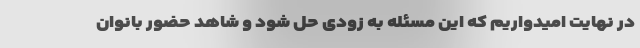
در نهایت امیدواریم که این مسئله به زودی حل شود و شاهد حضور بانوان